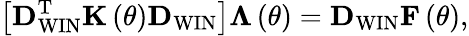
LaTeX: \left[{\mathbf D}_{\mathrm{WIN}}^{\mathrm{T}}{\mathbf K}\left(\theta\right){\mathbf D}_{\mathrm{WIN}}\right]{\mathbf\Lambda}\left(\theta\right)={\mathbf D}_{\mathrm{WIN}}{\mathbf F}\left(\theta\right),